Tezpur Lunatic Asylum reports 1877-1894 - 1877-1894
Year: 1877
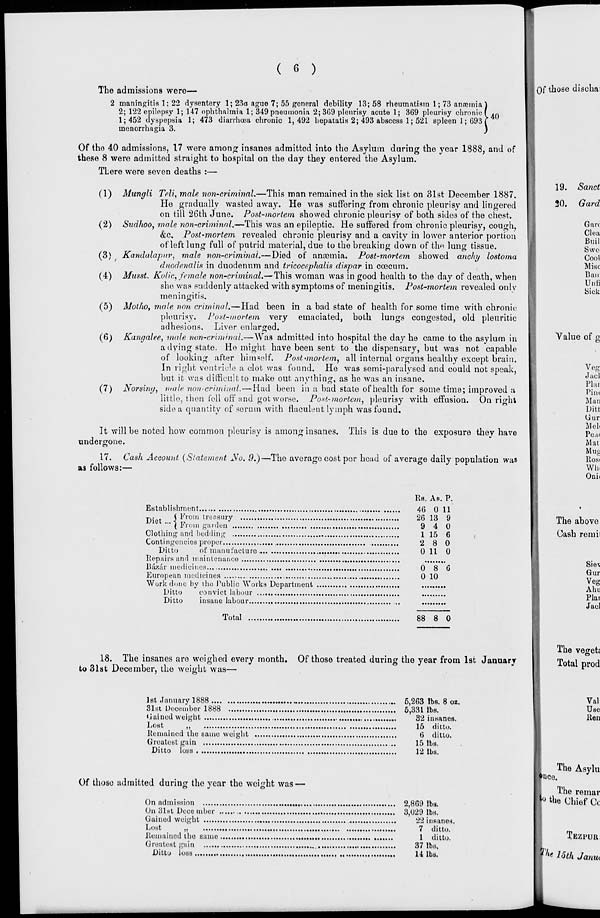
( 6 )
The admissions wero—
2 maningitis 1; 22 dysentery 1; 23a ague 7; 55 general debility 13; 58 rheumatism 1; 73 anosmia
2; 122 epilepsy 1; 147 ophthalmia 1; 349 pneumonia 2; 309 pleurisy acute 1; 369 pleurisy chronic I An
1; 452 dyspepsia 1; 473 diarrhoea chronic 1,492 hepatatis 2; 493 abscess 1; 521 spleen 1; 693 i
uaenorrhagia 3.
Of those discha;
Of the 40 admissions, 17 were among insanes admitted into the Asylum during the year 1888, and of
these 8 were admitted straight to hospital on the day they entered the Asylum.
TLere were seven deaths :—
(1) Mungli Teli, male non-criminal.—This man remained in the sick list on 31st December 1887.
He gradually wasted away. He was suffering from chronic pleurisy and lingered
on till 26th June. Post-mortem showed chronic pleurisy of both sides of the chest.
(2) Sudhoo, mole non-criminal.—This was an epileptic. He suffered from chronic pleurisy, cough,
&c. Post-mortem revealed chronic pleurisy and a cavity in lower anterior portion
of left lung full of putrid material, due to the breaking down of t\v\ lung tissue.
(3) Kandalapnr. male non-criminal.—Died of anosmia. Post-mortem showed anohy lostoma
duodenalis in duodenum and tricocephalis dispar in coecum.
(4) Musst. Kolic, female non-criminal.— This woman was in good health to the day of death, when
she was suddenly attacked with symptoms of meningitis. Post-mortem revealed only
meningitis.
(5) Mothoy male non criminal.—Had been in a bad state of health for some time with chronic
pleurisy. Post-mortem very emaciated, both lungs congested, old pleuritic
adhesions. Liver enlarged.
(6) Kangalee, male non-criminal.—Was admitted into hospital the day he came to the asylum in
a dying state. Ho might have been sent to the dispensary, but was not capable
of looking after himself. Post-mortem, all internal organs healthy except brain.
In right ventricle a clot was found. He was semi-paralysed and could not speak,
but it was difficult to make out anything, as he was an insane.
(7) Norsina, male non-criminal. — Had been in a bad state of health for some time; improved a
little, then fell off and got worse. Post-mortem, pleurisy with effusion. On right
side a quantity of .serum with flaculent lymph was found.
It will be noted how common pleurisy is among insanes. This is due to the exposure they have
undergone.
17. Cash Account {Statement JSo. 9.)—The average cost per head of average daily population was
zi follows:—
19. Sanct
20. Gard
G arc
Clea
Bail
Swe«
Cool
Misc
Ban
Unii
Sick
Value of g
Veg
Jacl
Phi.
Pirn
Man
Ditt
Gur
Mel
Pe,i<
Mat
Mug
Ros<
Win
Onh
Establishment
Diet...\l vom l ™T ry
( rrom garden
Clothing and bedding
Contingencies proper
,
,
Ditto
of manufacture
Repairs and maintenance
Bazar medicines...,
European medicines
Work done by vhe Public Works Department
Ditto
convict labour
Ditto
insane labour
Total
Rs. As. P.
46 0 11
26 13 9
9 4 0
1 15 6
2 8 0
0 11 0
0 8 G
0 10
88 8 0
The above
Cash re mil
Siev
Gur
Vcg
Abu
Plat
Jacl
18. The insanes are weighed every month. Of those treated during tho year from 1st January
to 31st December, the weight was—
The vegetj
Total prod
1st January 1888
5,263 lbs. 8 oz.
31st December 1888
5,331 lbs.
Gained weight
32 insanes.
Lost
,,
15 ditto.
Remained the same weight
6 ditto.
Greatest gain
...
15 lbs.
Ditto loss
12 lbs.
Of those admitted during the year the weight was —
On admission
,
2,869 lbs.
On 31st December
3,029 lbs.
Gained weight
22 insanes.
Lost
„
7 ditto.
Remained the same
l ditto.
Greatest gain
37 lbs.
Ditto loss
14 lbs.
Val
Use
Ren
The Asylu
^ce.
The remar
the Chief Cc
TEZPUR
r/ * loth Jamu